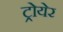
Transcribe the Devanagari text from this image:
ट्रोयेर